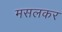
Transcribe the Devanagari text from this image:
मसलकर